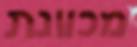
מכוונת